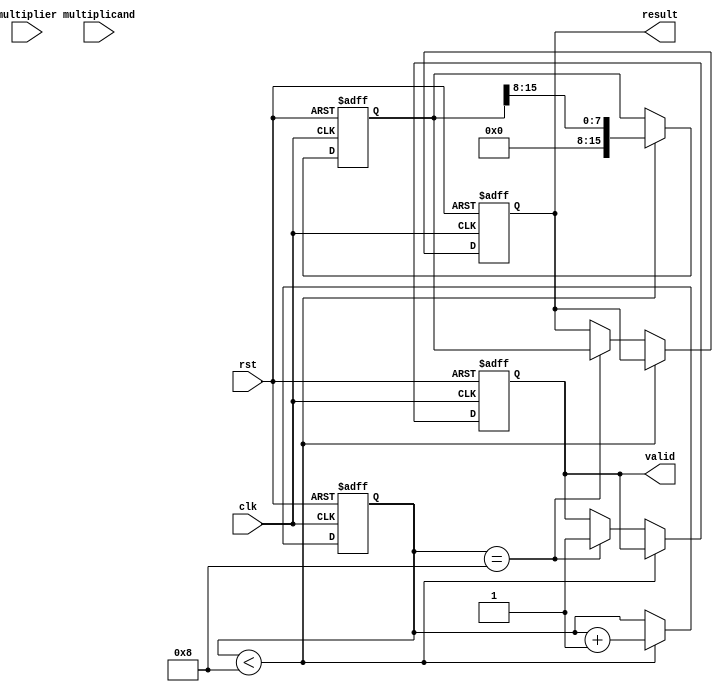
module ModifiedBoothMultiplier
#(
    parameter N = 8   // Bit-width of input operands
)
(
    input wire signed [N-1:0] multiplicand,
    input wire signed [N-1:0] multiplier,
    input wire clk,
    input wire rst,
    output reg signed [2*N-1:0] result,
    output reg valid
);

    reg signed [N-1:0] A, Q, M;
    reg [N-1:0] Qn;  // Previous bit of Q
    reg [4:0] count; // Count for the number of bits processed
    reg signed [2*N-1:0] P; // Product accumulator (2N bits)

    always @(posedge clk or posedge rst) begin
        if (rst) begin
            // Reset all registers
            A <= 0;
            Q <= 0;
            M <= multiplicand;
            P <= 0;
            Qn <= 0;
            count <= 0;
            result <= 0;
            valid <= 0;
        end else if (count < N) begin
            // Booth encoding based on Q and Qn
            case ({Q[0], Qn}) 
                2'b00: begin
                    // No operation
                end
                2'b01: begin
                    // Add multiplicand
                    P <= P + {A, 1'b0};
                end
                2'b10: begin
                    // Subtract multiplicand
                    P <= P - {A, 1'b0};
                end
                2'b11: begin
                    // No operation
                end
            endcase
            
            // Right shift
            {P, Q} <= {P[2*N-1:1], Q[N-1]}; // Shift P to the right
            Qn <= Q[0];                     // Update previous bit
            A <= P[N-1:N];                  // Update A for next cycle
            
            // Prepare for next iteration
            count <= count + 1;
        end else if (count == N) begin
            // Last cycle, store the result
            result <= P;
            valid <= 1; // Indicate valid result
        end
    end
    
endmodule